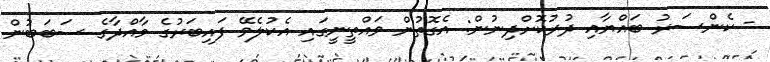
- ކެންސަރު ބައްޔާއި ދުރުކޮށްދިނުން: އެގޮތުން ވައްތީނީގައި އެކުލެވޭ ފައިބަރުގެ މާއްދާގެ ސަބަބުން